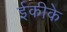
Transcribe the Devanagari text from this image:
ईकीके